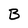
Character: B